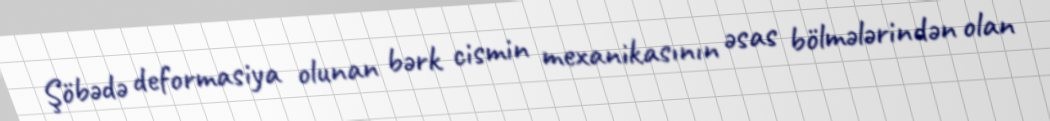
Şöbədə deformasiya olunan bərk cismin mexanikasının əsas bölmələrindən olan